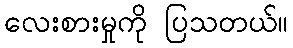
လေးစားမှုကို ပြသတယ်။